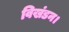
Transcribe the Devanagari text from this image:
विखंडन।